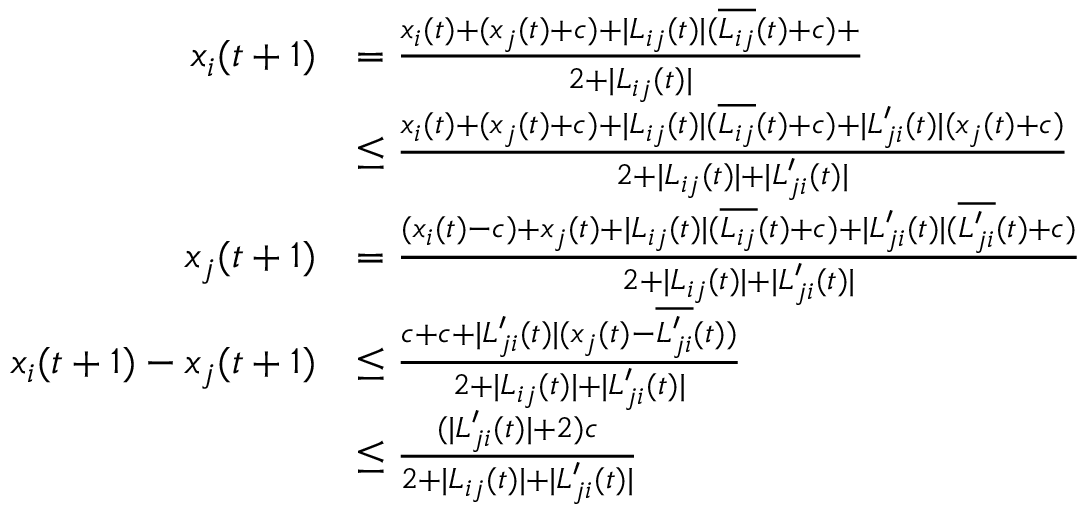
\begin{array} { r l } { x _ { i } ( t + 1 ) } & { = \frac { x _ { i } ( t ) + ( x _ { j } ( t ) + c ) + | L _ { i j } ( t ) | ( \overline { { L _ { i j } } } ( t ) + c ) + } { 2 + | L _ { i j } ( t ) | } } \\ & { \leq \frac { x _ { i } ( t ) + ( x _ { j } ( t ) + c ) + | L _ { i j } ( t ) | ( \overline { { L _ { i j } } } ( t ) + c ) + | L _ { j i } ^ { \prime } ( t ) | ( x _ { j } ( t ) + c ) } { 2 + | L _ { i j } ( t ) | + | L _ { j i } ^ { \prime } ( t ) | } } \\ { x _ { j } ( t + 1 ) } & { = \frac { ( x _ { i } ( t ) - c ) + x _ { j } ( t ) + | L _ { i j } ( t ) | ( \overline { { L _ { i j } } } ( t ) + c ) + | L _ { j i } ^ { \prime } ( t ) | ( \overline { { L _ { j i } ^ { \prime } } } ( t ) + c ) } { 2 + | L _ { i j } ( t ) | + | L _ { j i } ^ { \prime } ( t ) | } } \\ { x _ { i } ( t + 1 ) - x _ { j } ( t + 1 ) } & { \leq \frac { c + c + | L _ { j i } ^ { \prime } ( t ) | ( x _ { j } ( t ) - \overline { { L _ { j i } ^ { \prime } } } ( t ) ) } { 2 + | L _ { i j } ( t ) | + | L _ { j i } ^ { \prime } ( t ) | } } \\ & { \leq \frac { ( | L _ { j i } ^ { \prime } ( t ) | + 2 ) c } { 2 + | L _ { i j } ( t ) | + | L _ { j i } ^ { \prime } ( t ) | } } \end{array}